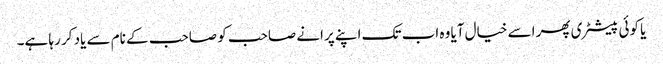
یا کوئی پیسٹری پھر اسے خیال آیا وہ اب تک اپنے پرانے صاحب کو صاحب کے نام سے یاد کر رہا ہے۔